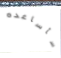
سأساعده